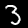
Label: 3